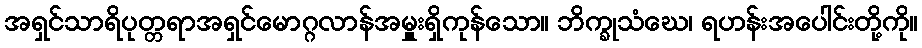
အရှင်သာရိပုတ္တရာအရှင်မောဂ္ဂလာန်အမှူးရှိကုန်သော။ ဘိက္ခုသံဃေ၊ ရဟန်းအပေါင်းတို့ကို။